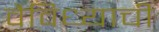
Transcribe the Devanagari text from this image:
वैविध्याची